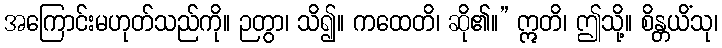
အကြောင်းမဟုတ်သည်ကို။ ဉတွာ၊ သိ၍။ ကထေတိ၊ ဆို၏။” ဣတိ၊ ဤသို့။ စိန္တယိံသု၊